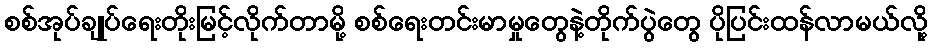
စစ်အုပ်ချုပ်ရေးတိုးမြင့်လိုက်တာမို့ စစ်ရေးတင်းမာမှုတွေနဲ့တိုက်ပွဲတွေ ပိုပြင်းထန်လာမယ်လို့